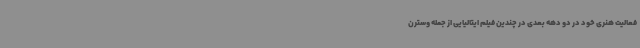
فعالیت هنری خود در دو دهه بعدی در چندین فیلم ایتالیایی از جمله وسترن